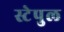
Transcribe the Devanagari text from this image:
स्टेपुल